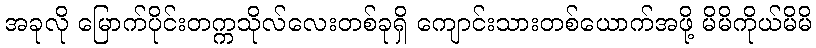
အခုလို မြောက်ပိုင်းတက္ကသိုလ်လေးတစ်ခုရှိ ကျောင်းသားတစ်ယောက်အဖို့ မိမိကိုယ်မိမိ